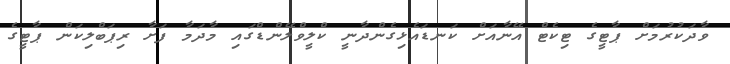
ވާދަކުރުމަށް ޕާޓީގެ ޓިކެޓް އޭނާއަށް ކަނޑައެޅިގެންދާނީ ކްލީވްލޭންޑްގައި މާދަމާ ފަށާ ރިޕަބްލިކަން ޕާޓީގެ